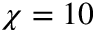
\chi = 1 0